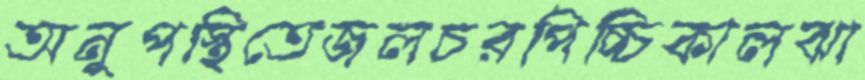
অনুপস্থিতেজলচরপিচ্চিকালঝা